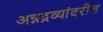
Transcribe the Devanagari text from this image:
अन्नद्रव्यांवरील